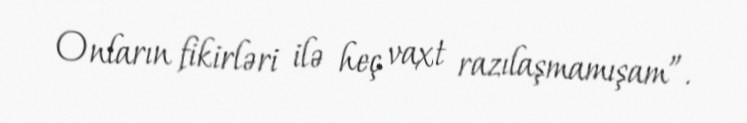
Onların fikirləri ilə heç vaxt razılaşmamışam”.